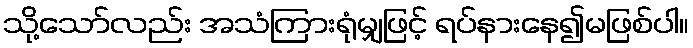
သို့သော်လည်း အသံကြားရုံမျှဖြင့် ရပ်နားနေ၍မဖြစ်ပါ။